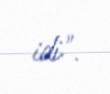
idi".